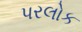
પરલોક